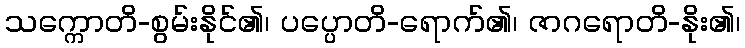
သက္ကောတိ-စွမ်းနိုင်၏၊ ပပ္ပောတိ-ရောက်၏၊ ဇာဂရောတိ-နိုး၏၊